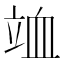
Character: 𥩹